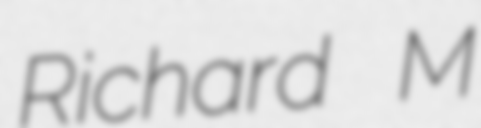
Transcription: Richard M